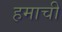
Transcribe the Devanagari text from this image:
हमाची